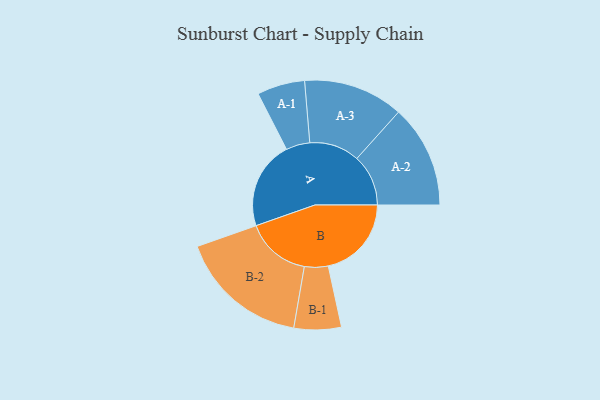
{"axis": {"x": "Segment", "y": "Value"}, "legend": ["", "A", "B"], "data": [{"x": "A", "y": 380, "type": ""}, {"x": "B", "y": 359, "type": ""}, {"x": "A-1", "y": 103, "type": "A"}, {"x": "A-2", "y": 222, "type": "A"}, {"x": "A-3", "y": 216, "type": "A"}, {"x": "B-1", "y": 102, "type": "B"}, {"x": "B-2", "y": 281, "type": "B"}]}